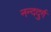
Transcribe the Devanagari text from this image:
नन्ददुर्ग